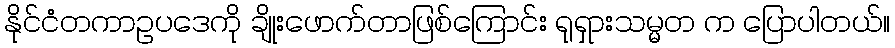
နိုင်ငံတကာဥပဒေကို ချိုးဖောက်တာဖြစ်ကြောင်း ရုရှားသမ္မတ က ပြောပါတယ်။